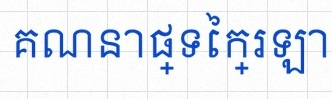
គណនាផ្ទៃក្រឡា